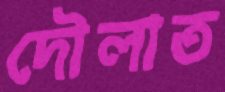
দৌলাত